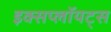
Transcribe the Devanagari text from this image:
इक्सप्लॉयट्स